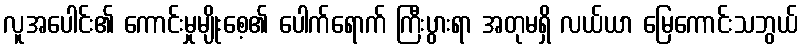
လူအပေါင်း၏ ကောင်းမှုမျိုးစေ့၏ ပေါက်ရောက် ကြီးပွားရာ အတုမရှိ လယ်ယာ မြေကောင်းသဘွယ်